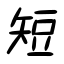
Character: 短